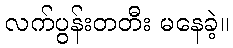
လက်ပွန်းတတီး မနေခဲ့။